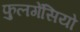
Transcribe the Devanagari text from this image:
फुलगेंसियो